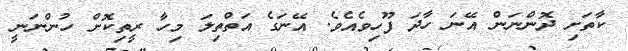
ކާތަށި ދޮންނަން އޭނަ ހާދަ ފޫހިވެއެވެ. އޭނަގެ އަތްތިލަ މިހާ ރީތިކޮށް ހުންނަނީ